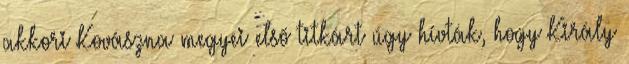
akkori Kovászna megyei elsõ titkárt úgy hívták, hogy Király